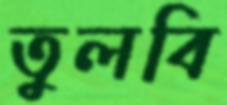
তুলবি